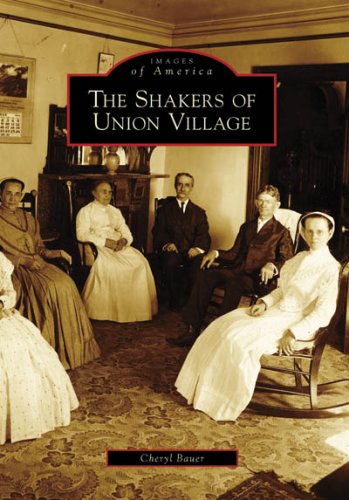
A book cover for Shakers of Union Village, The (OH) (Images of America); Cheryl Bauer; Christian Books & Bibles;